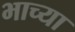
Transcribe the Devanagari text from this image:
भाच्या